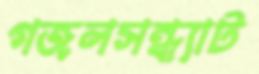
গজলসন্ধ্যাট